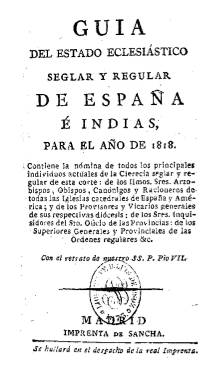
Título: Guía del estado eclesiástico seglar y regular, de España en particular, y de toda la Iglesia Católica en general
Otros títulos: Título: Guía del estado eclesiastico seglar y regular de España é Indias, 1817-1821,1824-1825 || Título: Guía del estado eclesiastico seglar y regular de las Es0pañas, 1822
Colección: Guías y directorios || Religión
Ámbito geográfico: Madrid
Lugar de publicación: Madrid
Fechas: 01/01/1818-31/12/1831

Ejemplares digitalizados procedentes de las colecciones Usoz (signatura U/8323, año 1818) y Gómez Imaz (signatura R/60426, año 1831).

Falta digitalizar el resto de la publicación, que comprende los años: 1787-1789, 1793, 1795-1805, 1807-1808; 1814-1817, 1819-1830, 1832-1835.